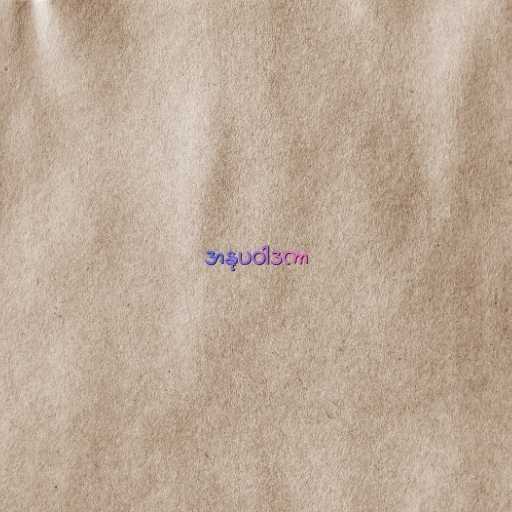
အနုပဝါဒကာ